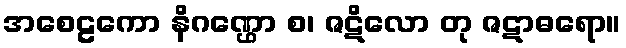
အစေဠကော နိဂဏ္ဌော စ၊ ဇဋိလော တု ဇဋာဓရော။